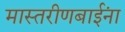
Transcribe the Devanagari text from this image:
मास्तरीणबाईंना